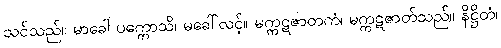
သင်သည်။ မာခေါ ပက္ကောသိ၊ မခေါ်လင့်။ မက္ကဋဇာတကံ၊ မက္ကဋဇာတ်သည်။ နိဋ္ဌိတံ၊